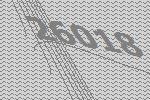
26018